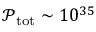
\mathcal { P } _ { \mathrm { t o t } } \sim 1 0 ^ { 3 5 }